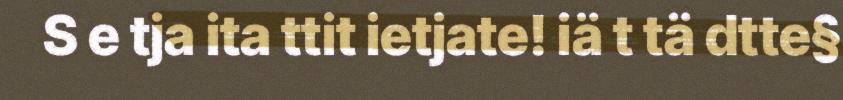
S e tja ita ttit ietjate! iä t tä dtte§